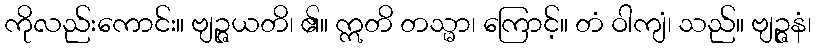
ကိုလည်းကောင်း။ ဗျဉ္ဇယတိ၊ ၏။ ဣတိ တသ္မာ၊ ကြောင့်။ တံ ဝါကျံ၊ သည်။ ဗျဉ္ဇနံ၊